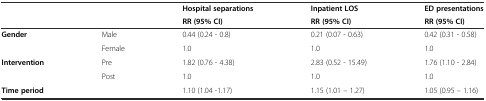
|  |  | Hospital separations | Inpatient LOS | ED presentations |
 |  |  | RR (95% CI) | RR (95% CI) | RR (95% CI) |
 | --- | --- | --- | --- | --- |
 | Gender | Male | 0.44 (0.24 - 0.8) | 0.21 (0.07 - 0.63) | 0.42 (0.31 - 0.58) |
 |  | Female | 1.0 | 1.0 | 1.0 |
 | Intervention | Pre | 1.82 (0.76 - 4.38) | 2.83 (0.52 - 15.49) | 1.76 (1.10 - 2.84) |
 |  | Post | 1.0 | 1.0 | 1.0 |
 | Time period |  | 1.10 (1.04 -1.17) | 1.15 (1.01 – 1.27) | 1.05 (0.95 – 1.16) |